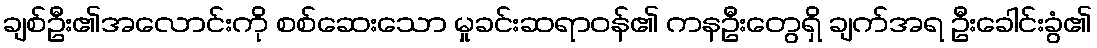
ချစ်ဦး၏အလောင်းကို စစ်ဆေးသော မှုခင်းဆရာဝန်၏ ကနဦးတွေရှိ ချက်အရ ဦးခေါင်းခွံ၏